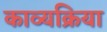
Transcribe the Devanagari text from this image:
काव्यक्रिया